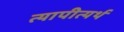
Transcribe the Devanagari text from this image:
त्यापीत्यर्थ